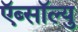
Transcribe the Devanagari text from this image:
ऍब्सॉल्यु